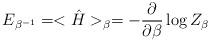
LaTeX: \begin{align*}E_{\beta ^{-1}}=<{\hat H}>_{\beta}=-{\partial \over \partial \beta}\log Z_{\beta}\end{align*}